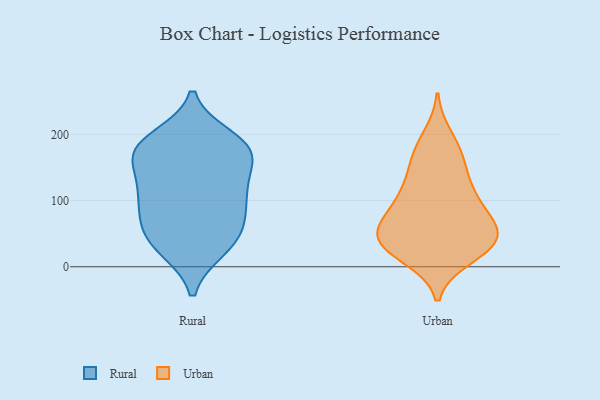
{"axis": {"x": "Net Income (USD K)", "y": "Value"}, "legend": ["Rural", "Urban"], "data": [{"x": "", "y": 107, "type": "Rural"}, {"x": "", "y": 27, "type": "Rural"}, {"x": "", "y": 176, "type": "Rural"}, {"x": "", "y": 112, "type": "Rural"}, {"x": "", "y": 183, "type": "Rural"}, {"x": "", "y": 27, "type": "Rural"}, {"x": "", "y": 177, "type": "Rural"}, {"x": "", "y": 153, "type": "Rural"}, {"x": "", "y": 179, "type": "Rural"}, {"x": "", "y": 61, "type": "Rural"}, {"x": "", "y": 41, "type": "Rural"}, {"x": "", "y": 194, "type": "Rural"}, {"x": "", "y": 112, "type": "Rural"}, {"x": "", "y": 62, "type": "Rural"}, {"x": "", "y": 116, "type": "Rural"}, {"x": "", "y": 74, "type": "Rural"}, {"x": "", "y": 168, "type": "Rural"}, {"x": "", "y": 69, "type": "Urban"}, {"x": "", "y": 51, "type": "Urban"}, {"x": "", "y": 175, "type": "Urban"}, {"x": "", "y": 26, "type": "Urban"}, {"x": "", "y": 63, "type": "Urban"}, {"x": "", "y": 51, "type": "Urban"}, {"x": "", "y": 168, "type": "Urban"}, {"x": "", "y": 100, "type": "Urban"}, {"x": "", "y": 43, "type": "Urban"}, {"x": "", "y": 14, "type": "Urban"}, {"x": "", "y": 23, "type": "Urban"}, {"x": "", "y": 197, "type": "Urban"}, {"x": "", "y": 49, "type": "Urban"}, {"x": "", "y": 114, "type": "Urban"}, {"x": "", "y": 41, "type": "Urban"}, {"x": "", "y": 102, "type": "Urban"}, {"x": "", "y": 83, "type": "Urban"}, {"x": "", "y": 149, "type": "Urban"}, {"x": "", "y": 129, "type": "Urban"}, {"x": "", "y": 24, "type": "Urban"}]}